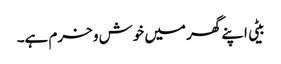
بیٹی اپنے گھر میں خوش و خرم ہے۔